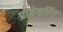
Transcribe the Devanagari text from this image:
प्रीपेयरिंग